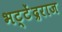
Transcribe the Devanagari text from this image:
भट्टेंद्रराज